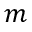
m